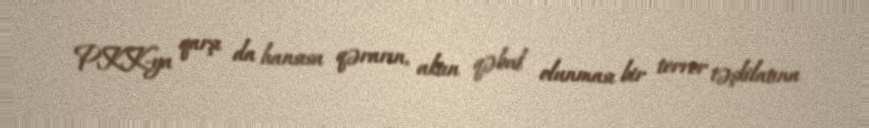
PKK-ya qarşı da hansısa qərarın, aktın qəbul olunması bir terror təşkilatına